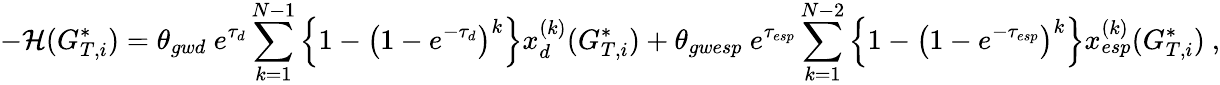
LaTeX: -\mathcal{H}(G_{T,i}^{*})=\theta_{gwd}\ e^{\tau_{d}}\sum_{k=1}^{N-1}\Big\{ 1-\big(1-e^{-\tau_{d}}\big)^{k}\Big\} x_{d}^{(k)}(G_{T,i}^{*})+\theta_{gwesp}\ e^{\tau_{esp}}\sum_{k=1}^{N-2}\Big\{ 1-\big(1-e^{-\tau_{esp}}\big)^{k}\Big\} x_{esp}^{(k)}(G_{T,i}^{*})\ ,